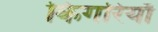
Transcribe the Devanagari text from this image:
किंगरियाँ